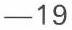
-19